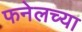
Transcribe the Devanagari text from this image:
फनेलच्या